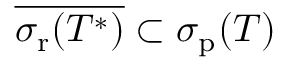
{ \overline { { \sigma _ { \mathrm { r } } ( T ^ { * } ) } } } \subset \sigma _ { \mathrm { p } } ( T )